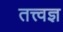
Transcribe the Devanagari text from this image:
तत्त्‍वज्ञ